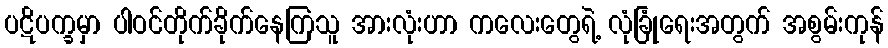
ပဋိပက္ခမှာ ပါဝင်တိုက်ခိုက်နေကြသူ အားလုံးဟာ ကလေးတွေရဲ့ လုံခြုံရေးအတွက် အစွမ်းကုန်